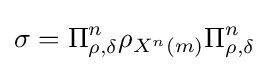
\sigma =\Pi _{\rho ,\delta }^{n}\rho _{X^{n}\left(m\right)}\Pi _{\rho ,\delta }^{n}